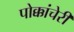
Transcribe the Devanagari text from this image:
पोक्कांचेरी